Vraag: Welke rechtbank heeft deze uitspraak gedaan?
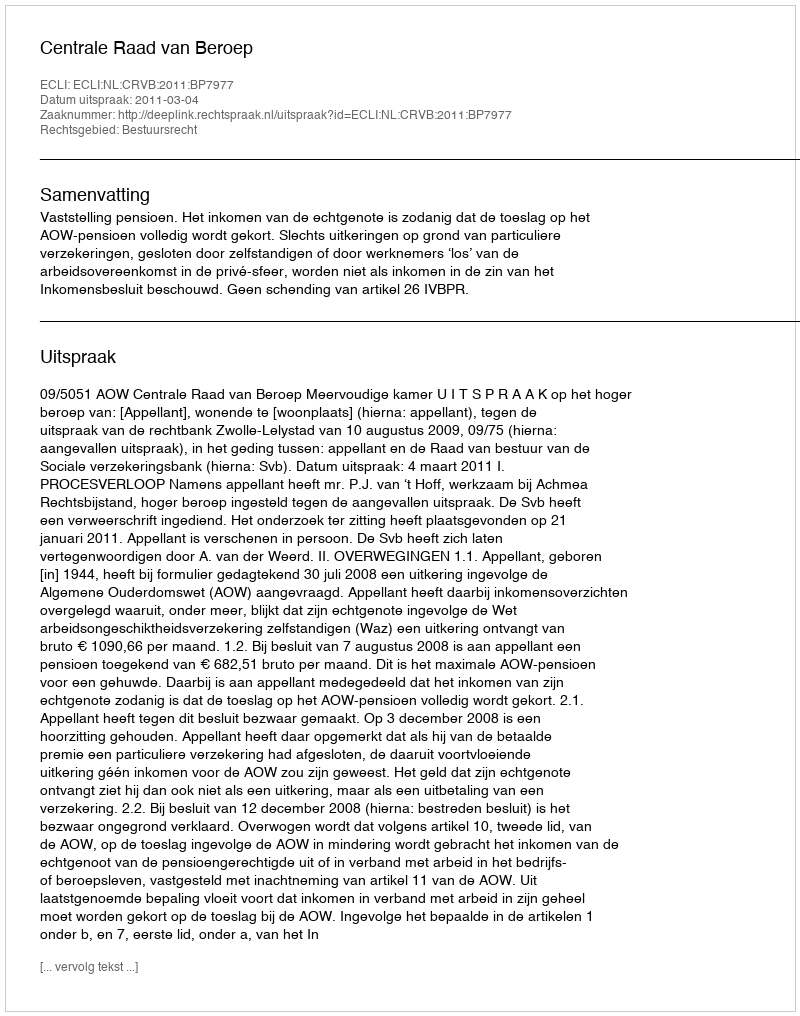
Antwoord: Centrale Raad van Beroep